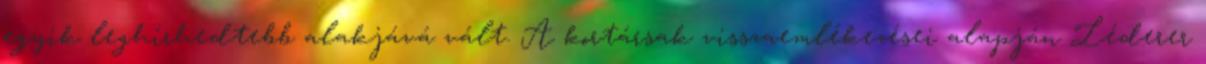
egyik leghírhedtebb alakjává vált. A kortársak visszaemlékezései alapján Léderer